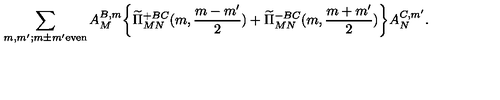
\sum _ { m , m ^ { \prime } ; m \pm m ^ { \prime } \mathrm { e v e n } } A _ { M } ^ { B , m } \biggl \{ \widetilde \Pi _ { M N } ^ { + B C } ( m , \frac { m - m ^ { \prime } } { 2 } ) + \widetilde \Pi _ { M N } ^ { - B C } ( m , \frac { m + m ^ { \prime } } { 2 } ) \biggr \} A _ { N } ^ { C , m ^ { \prime } } .